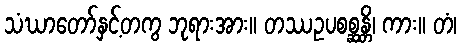
သံဃာတော်နှင့်တကွ ဘုရားအား။ တဿဥပစစ္ဆန္တိ၊ ကား။ တံ၊